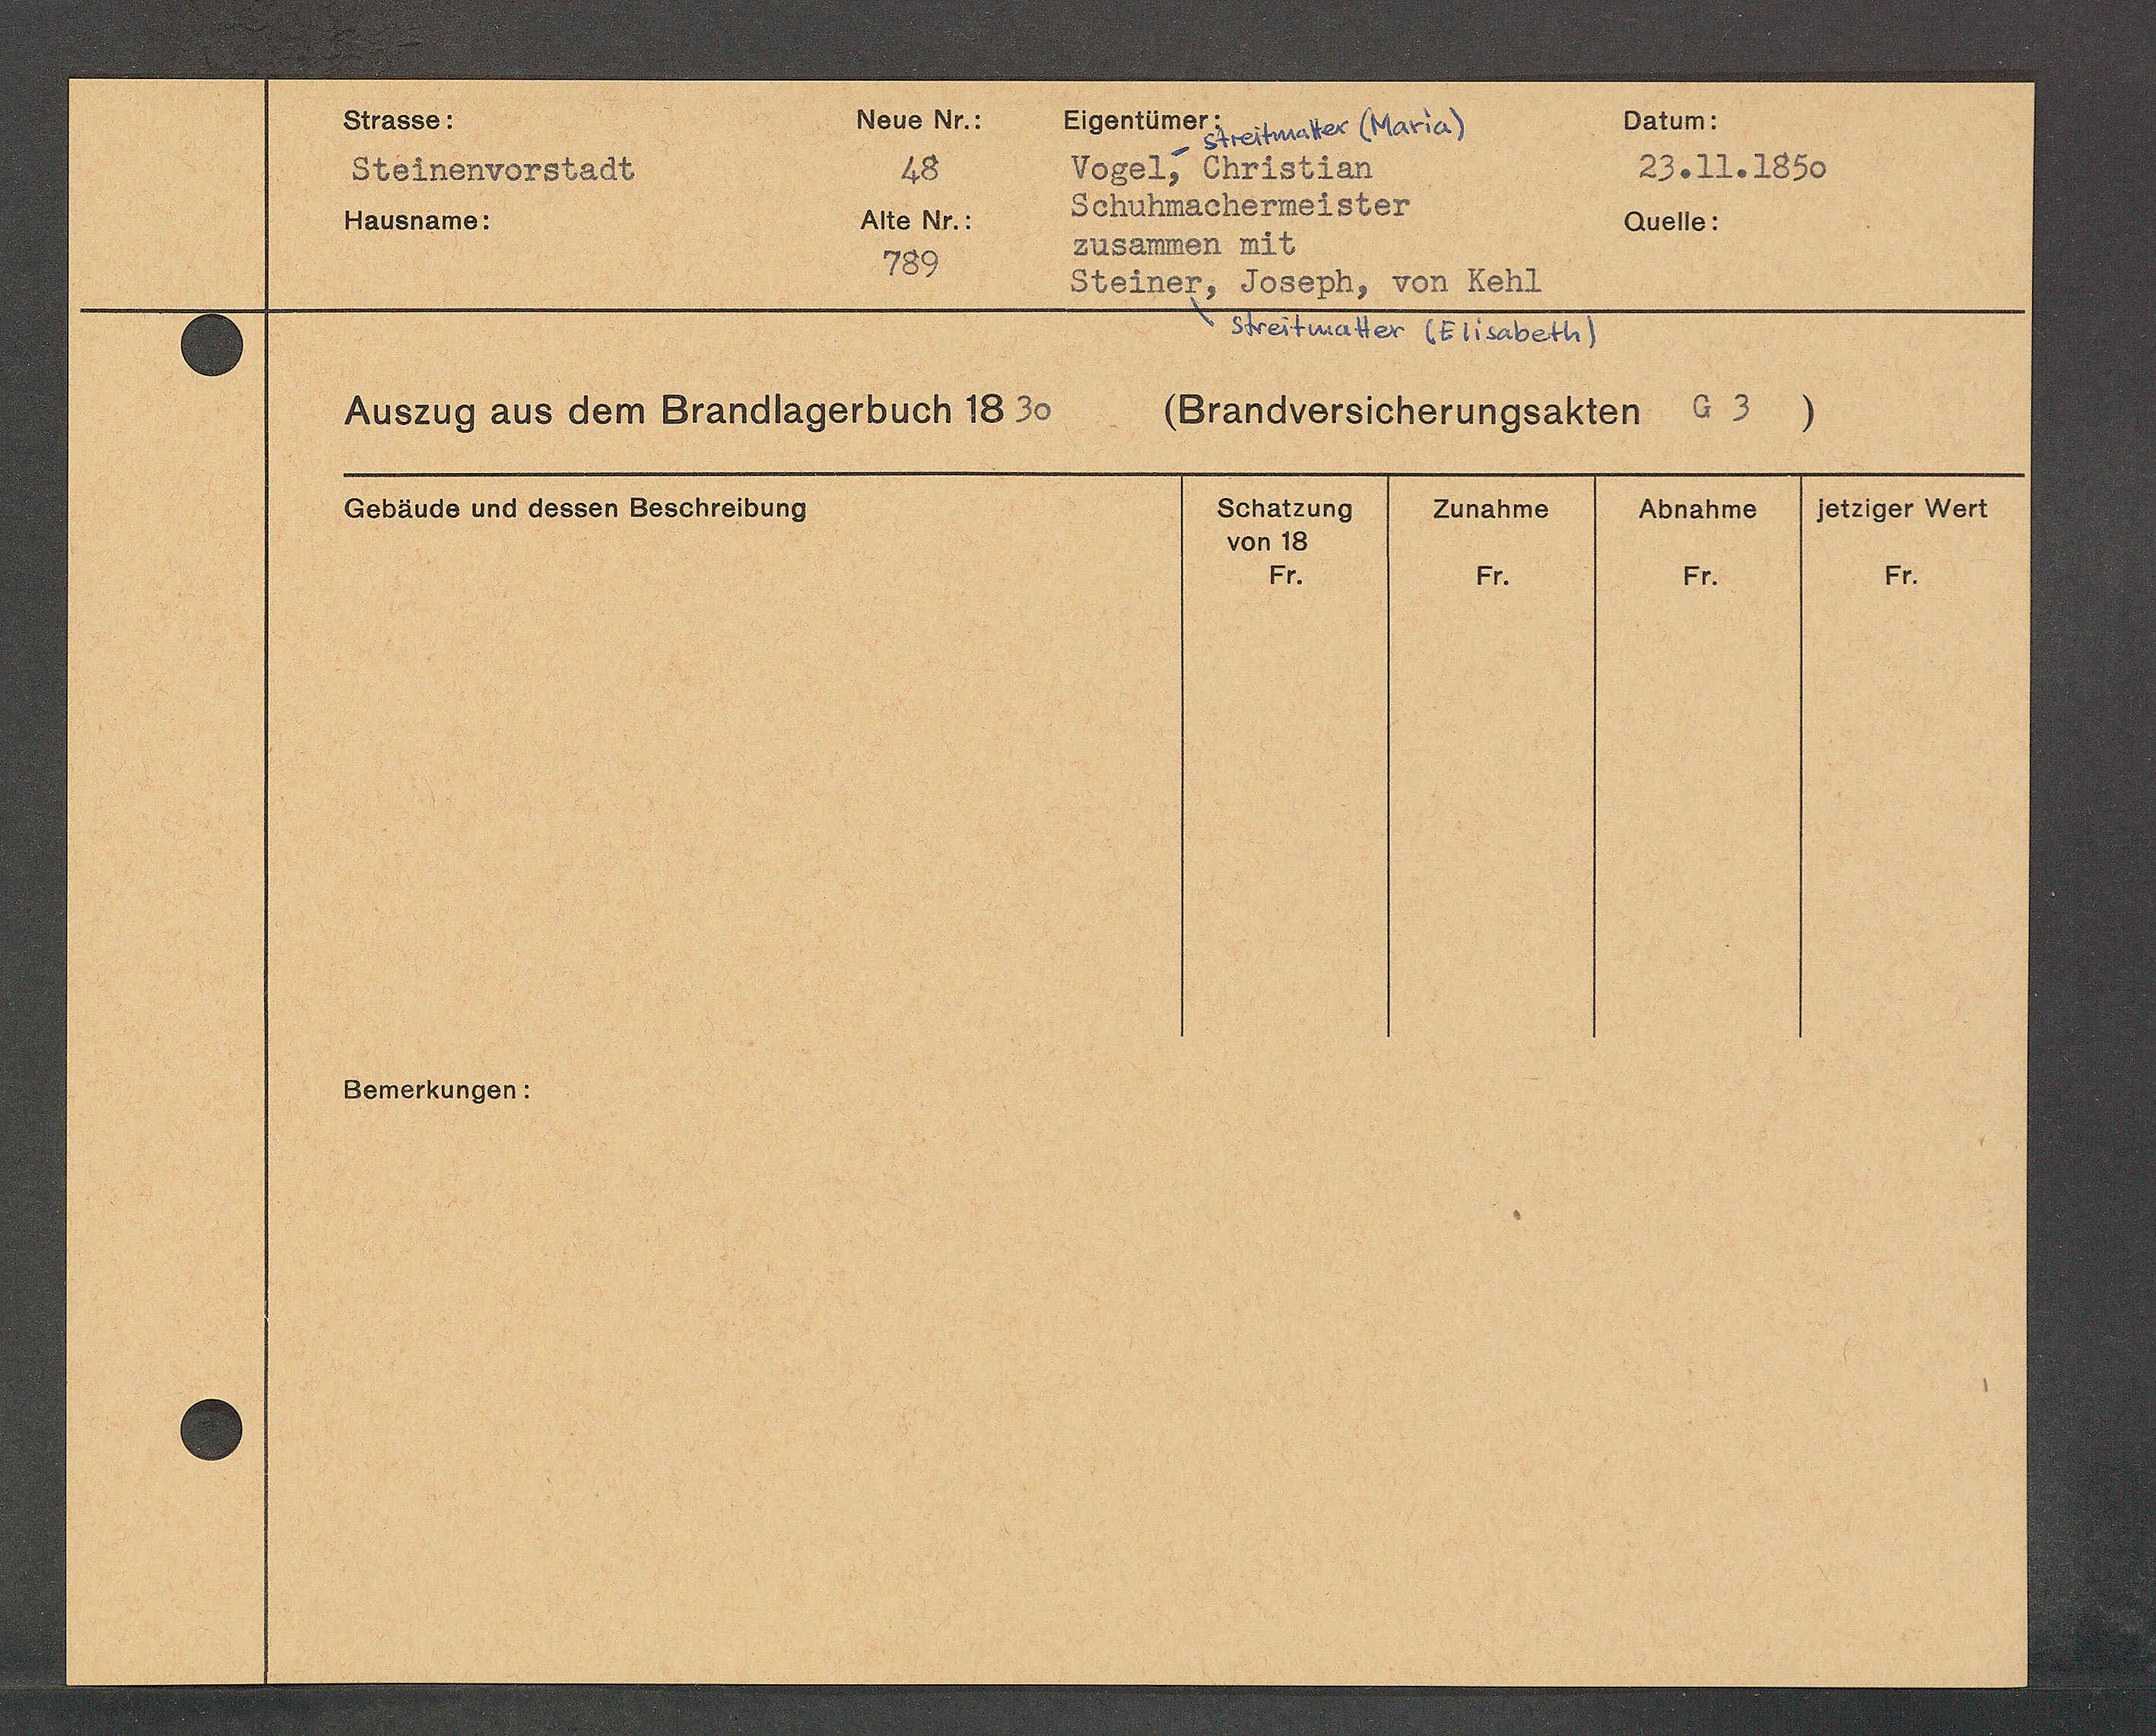
Transcript:
Beme